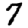
Digit: 7